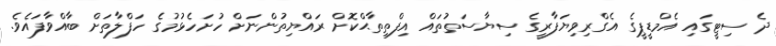
ދެ ސިޓީގައި އެމްޑީޕީގެ އެގްރިވިޔަފާރީގެ ސިޔާސަތުތައް އިފްތިތާޙްކޮށް ރައްޔިތުންނަށް ހުށަހެޅުމުގެ ހަފްލާތަށް ބާއްވާފައެވެ.